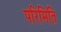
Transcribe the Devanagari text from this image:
परिमिति